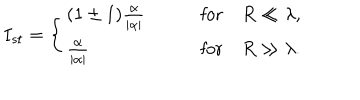
I _ { s t } = \left\{ \begin{array} { l l } { { ( 1 \pm 1 ) \frac { \alpha } { | \alpha | } \qquad } } & { { \mathrm { f o r } \quad R \ll \lambda , } } \\ { { \frac { \alpha } { | \alpha | } \qquad } } & { { \mathrm { f o r } \quad R \gg \lambda . } } \\ \end{array} \right.